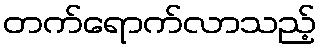
တက်ရောက်လာသည့်